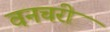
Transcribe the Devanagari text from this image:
वनचरी